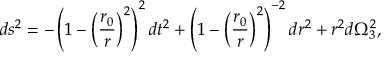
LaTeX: d s ^ { 2 } = - \left( 1 - \left( { \frac { r _ { 0 } } { r } } \right) ^ { 2 } \right) ^ { 2 } d t ^ { 2 } + \left( 1 - \left( { \frac { r _ { 0 } } { r } } \right) ^ { 2 } \right) ^ { - 2 } d r ^ { 2 } + r ^ { 2 } d \Omega _ { 3 } ^ { 2 } ,